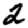
Digit: 2